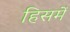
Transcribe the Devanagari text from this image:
हिसमें